Eesti_Rahvusfond, lk 138
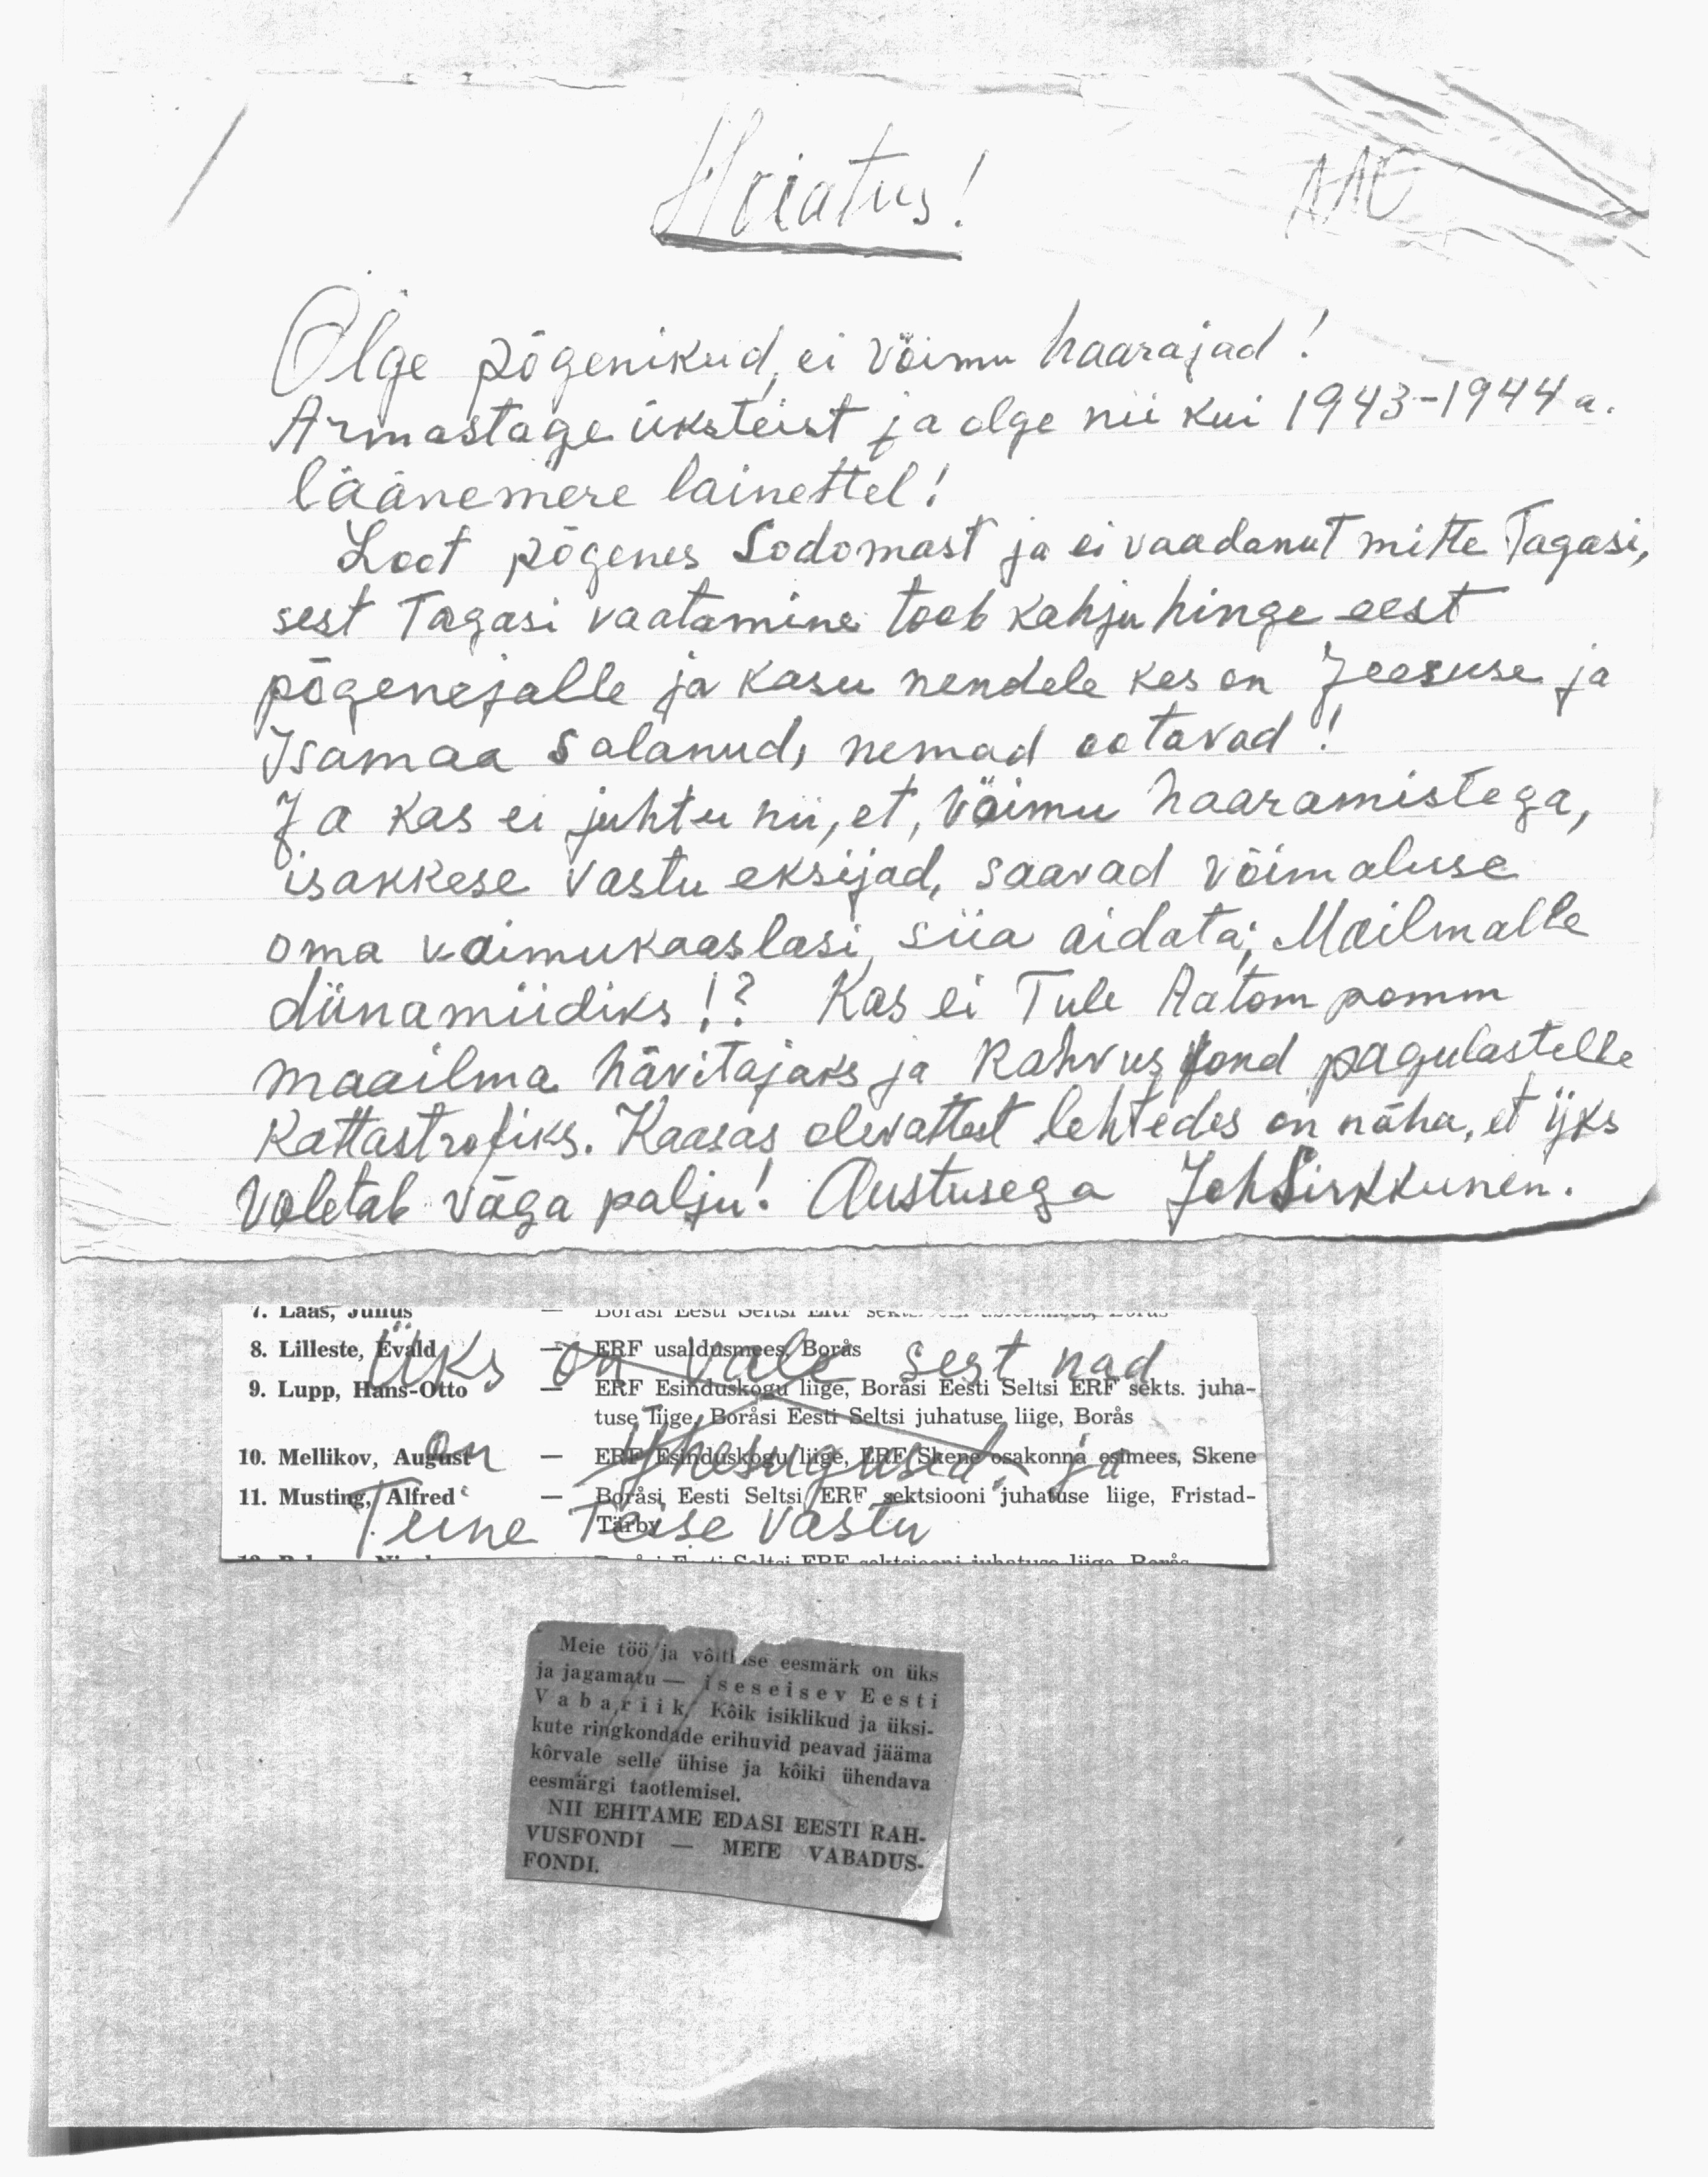
110
Hoiatus!
Olge põgenikud, ei võimu haarajad!
Armastage üksteist ja olge nii kui 1943-1944 a.
läänemere lainettel!
Loot põgenes Sodomast ja ei vaadanut mitte Tagasi,
sest Tagasi vaatamine toob kahju hinge eest
põgenejalle ja kasu nendele kes on Jeesuse ja
Isamaa salanud, nemad ootavad!
Ja kas ei juhtu nii, et, vöimu haaramistega,
isakkese vastu eksijad, saavad võimaluse
oma vaimukaaslasi siia aidata; Mailmalle
dünamiidiks!? Kas ei Tule Aatom pomm
maailma hävitajaks ja Rahvusfond pagulastelle
Kattastrofiks. Kaasas olevattest lehtedes on näha, et yks
valetab väga palju! Austusega JohSirkkunen.
7. Laas, Julius
8. Lilleste, Evald
ERF usaldusmees, Boras
9. Lupp, Hans-Otto
ERF Esinduskogu liige, Boråsi Eesti Seltsi ERF sekts. juha-
10. Mellikov, August - Ehr. Riskdale kogu liige, Kää (Skeme osakonna esimees, Skene
11. Musting, Alfred
use liige, Boråsi Eesti Seltsi juhatuse liipe, Borås
- Boråsi Eesti Seltsi ERT sektsiooni juhatuse liige, Fristad-
Meie töö ja võitluse eesmärk on üks
ja jagamatu - iseseisev Eesti
Vabariik. Kõik isiklikud ja üksi-
kute ringkondade erihuvid peavad jääma
kõrvale selle ühise ja kõiki ühendava
eesmärgi taotlemisel.
NII EHITAME EDASI EESTI RAH-
VUSFONDI - MEIE VABADUS-
FONDI.